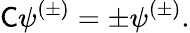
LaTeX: {\mathsf{C}}\psi^{(\pm)}=\pm\psi^{(\pm)}.